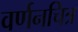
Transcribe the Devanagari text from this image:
वर्णनचित्र